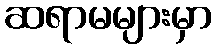
ဆရာမများမှာ